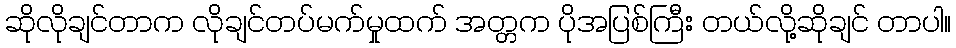
ဆိုလိုချင်တာက လိုချင်တပ်မက်မှုထက် အတ္တက ပိုအပြစ်ကြီး တယ်လို့ဆိုချင် တာပါ။